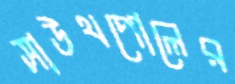
সাউথপোলের